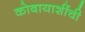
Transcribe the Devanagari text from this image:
कोबायाशींची